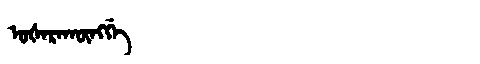
Manchu: ᡠᡧᠠᡵᠠᡴᡡᠩᡤᡝ
Romanization: UŠARAKŪNGGE